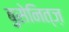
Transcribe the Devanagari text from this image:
बुसेनित्ज़